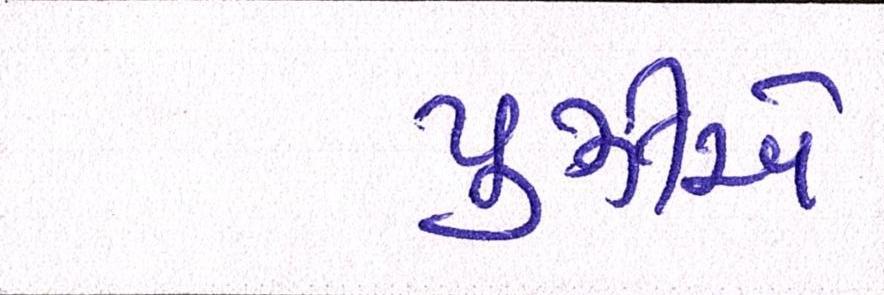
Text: પુઝોએ